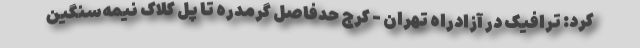
کرد: ترافیک در آزادراه تهران - کرج حدفاصل گرمدره تا پل کلاک نیمه‌سنگین